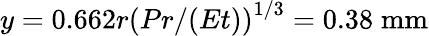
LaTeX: y=0.662r\left(Pr/(Et)\right)^{1/3}=0.38\; \mathrm{mm}